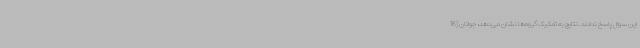
این سوال پاسخ ندادند. نتایج به تفکیک گروه‌ها نشان می‌دهد، جوانان (18